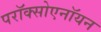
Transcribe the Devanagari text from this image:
परॉक्सोएनॉयन